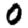
Digit: 0